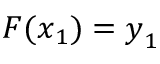
\boldsymbol { F } ( \boldsymbol { x } _ { 1 } ) = \boldsymbol { y } _ { 1 }